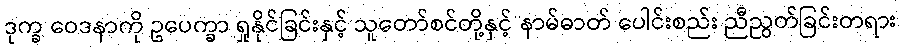
ဒုက္ခ ဝေဒနာကို ဥပေက္ခာ ရှုနိုင်ခြင်းနှင့် သူတော်စင်တို့နှင့် နာမ်ဓာတ် ပေါင်းစည်း ညီညွတ်ခြင်းတရား